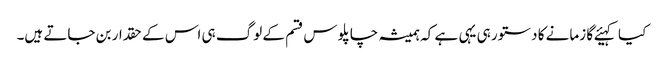
کیا کہیئے گا زمانے کا دستور ہی یہی ہے کہ ہمیشہ چاپلوس قسم کے لوگ ہی اس کے حقدار بن جاتے ہیں۔